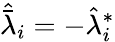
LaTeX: \hat{\bar{\lambda}}_{i}=-\hat{\lambda}_{i}^{*}